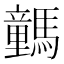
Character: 𩦍